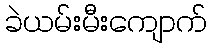
ခဲယမ်းမီးကျောက်